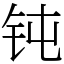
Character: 钝